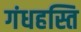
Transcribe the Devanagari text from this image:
गंधहस्ति